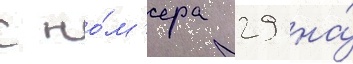
с но́м'ера 29 на́